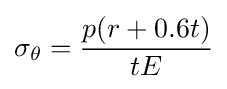
\sigma _{\theta }={\frac {p(r+0.6t)}{tE}}